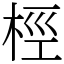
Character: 桱